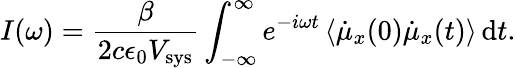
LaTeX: I(\omega)={\frac{\beta}{2c\epsilon_{0}V_{\mathrm{sys}}}}\int_{-\infty}^{\infty}e^{-i\omega t}\left<\dot{\mu}_{x}(0)\dot{\mu}_{x}(t)\right>\, \mathrm{d}t.